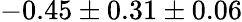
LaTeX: -0.45\pm 0.31\pm 0.06